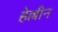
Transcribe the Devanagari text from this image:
हेल्लीन